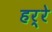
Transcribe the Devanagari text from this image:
हर्रे